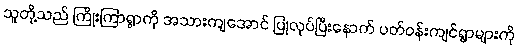
သူတို့သည် ကြိုးကြာရွာကို အသားကျအောင် ပြုလုပ်ပြီးနောက် ပတ်ဝန်းကျင်ရွာများကို